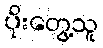
ပိုးတွေ့သူ